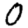
Digit: 0